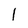
Character: 1